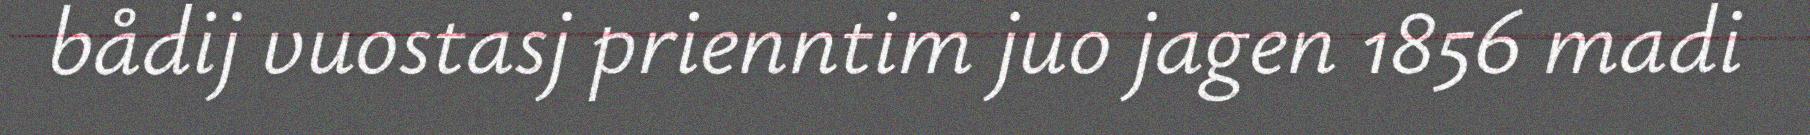
bådij vuostasj prienntim juo jagen 1856 madi